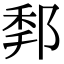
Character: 𨛻